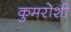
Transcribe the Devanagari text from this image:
कुमरोशी